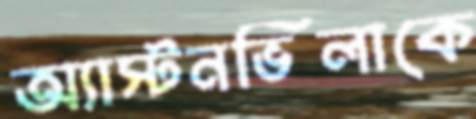
অ্যাস্টনভিলাকে